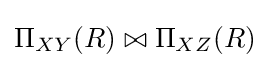
\Pi _{XY}(R)\bowtie \Pi _{XZ}(R)